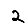
Digit: 2